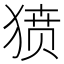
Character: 𰡞